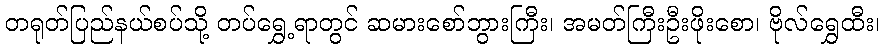
တရုတ်ပြည်နယ်စပ်သို့ တပ်ရွှေ့ရာတွင် ဆမားစော်ဘွားကြီး၊ အမတ်ကြီးဦးဖိုးစော၊ ဗိုလ်ရွှေထီး၊